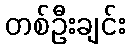
တစ်ဦးချင်း